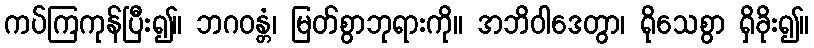
ကပ်ကြကုန်ပြီး၍။ ဘဂဝန္တံ၊ မြတ်စွာဘုရားကို။ အဘိဝါဒေတွာ၊ ရိုသေစွာ ရှိခိုး၍။